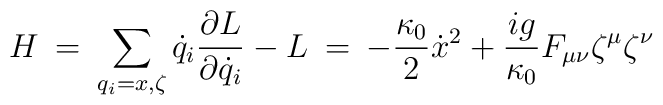
H \> = \>\sum_{q_i = x,\zeta} \dot q_i \frac{\partial L}{\partial \dot q_i} - L \> = \>- \frac{\kappa_0}{2} \dot x^2 + \frac{ig}{\kappa_0} F_{\mu \nu} \zeta^{\mu} \zeta^{\nu}